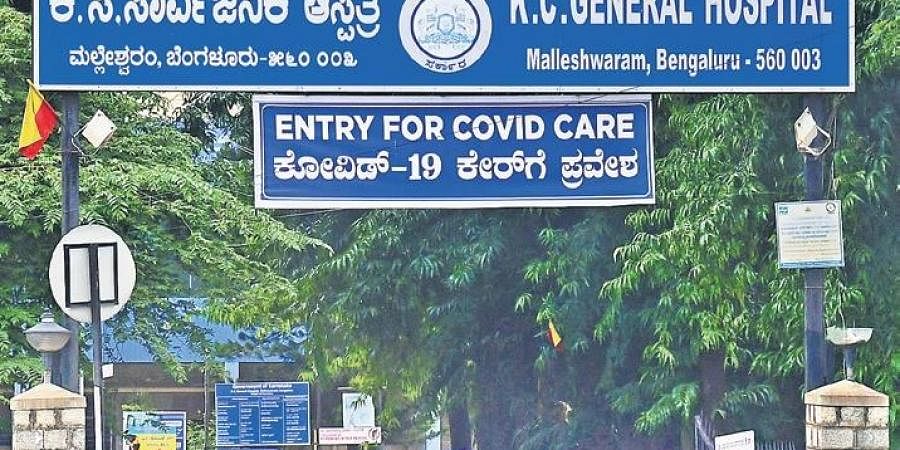
Language: kannada
Transcription: ಕೇರ್ ಗೆ ಮಲ್ಲೇಶ್ವರಂ ಕೋವಿಡ್